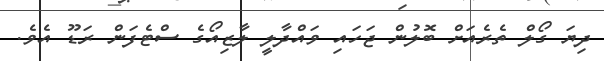
ދިޔަ ގޯލް ތެރެއަށް ބޮލުން ޖަހައި ވައްދާލީ ލާޒިއޯގެ ސްޓެފަން ރަޑޫ އެވެ.